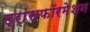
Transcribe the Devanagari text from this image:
ट्रांसफॉरमेशन